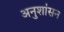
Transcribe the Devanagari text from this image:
अनुशांसन